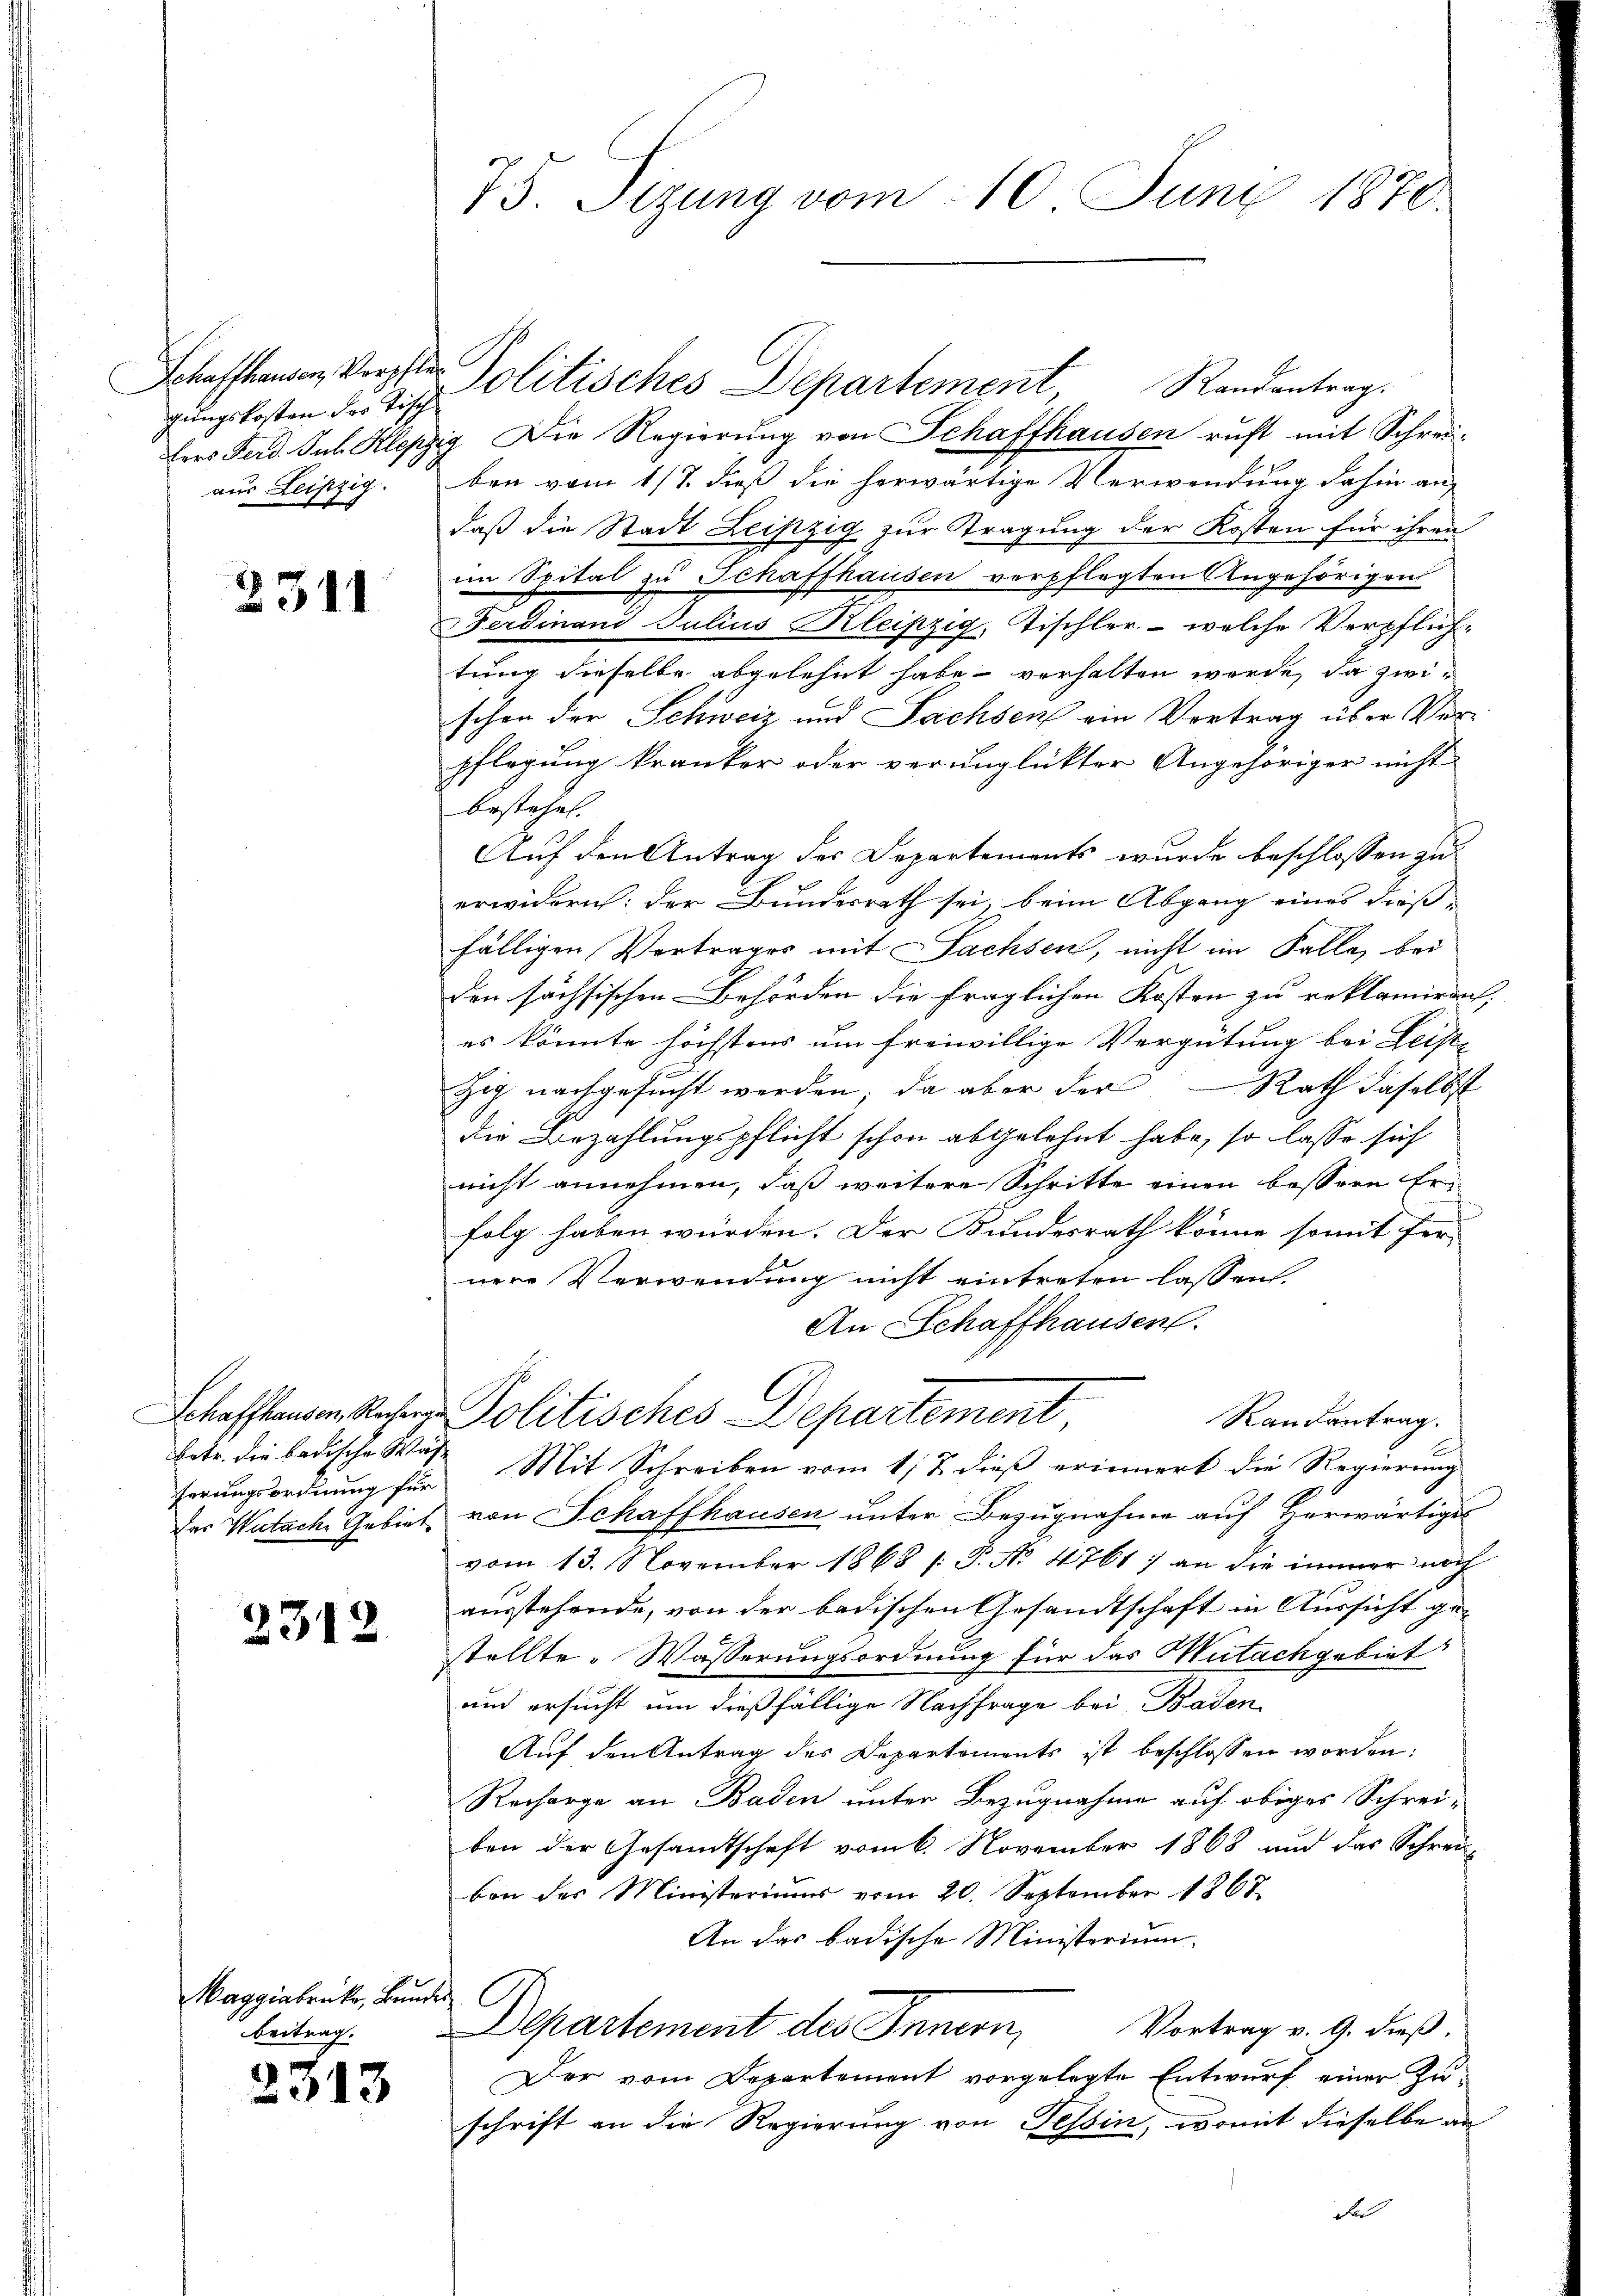
gungskosten des Tisch

2311

ferungsordnung für

2312

Maggiabruck, Bundes
beitrag.

2313

75. Sitzung vom 10. Juni 1870.

lers Ferd. Jul. Klepzig Die Regierung von Schaffhausen ruft mit Schreiaus Leipzig. ben vom 1/1. dieß die herwärtige Verwendung dahin an
daß die Stadt Leipzig zur Tragung der Kosten für ihren
im Spital zu Schaffhausen verpflegten Angehörigen
Ferdinand Julius Kleipzig, Tischler - welche Verpflichtung dieselbe abgelehnt habe verhalten werde, da zwischon der Schweiz und Sachsen ein Vortrag über Vor-
pflegung kranker oder verunglückter Angehöriger nicht
bestehet.
Auf den Antrag des Departements wurde beschlossen zu
erwidern: der Bundesrath sei, beim Abgang eines diess- |
fälligen Vortrages mit Sachsen, nicht im Falle, bei
den sächsischen Behörden die fraglichen Kosten zu reklamiren;
es könnte höchstens um freiwillige Vergütung bei Leiste
Rath daselbst
Zig nachgesucht werden; da aber der
die Bezahlungspflicht schon abgelehnt habe, so lasse sich
nicht annehmen, daß weitere Schritte einen bessere Erfolg haben würden. Der Bundesrath könne somit fer
nere Verwendung nicht eintreten lassen.
An Schaffhausen.
Schaffenen Reser Politisches Departement
Randantrag.
betr. die badische Was Mit Schreiben vom 17. dieß erinnert die Regierung
Das Witach Gebiet von Schaffhausen unter Bezugnahme auf Herwärtiges
vom 13. November 1868 [ P. No 4761) an die immer noch
ausstehende, von der badischen Gesandtschaft in Aussicht gestellte Wässerungsordnung für das Mutachgebiet
und ersucht um dießfällige Nachfrage bei Baden
Auf den Antrag des Departements ist beschlossen worden:
Recharge an Baden unter Bezugnahme auf obiges Schreiben der Gesamtschaft vom 6. November 1868 und das Schreiben des Ministeriums vom 20. September 1867.
An das badische Ministerium.
Vortrag v. 9. dieß.
Departement des Innern,
Der vom Departement vorgelegte Entwurf einer Zuschrift an die Regierung von Tessin, womit dieselbe an
Fel

Schaffhausen Verste Politisches Departement Randantrag.